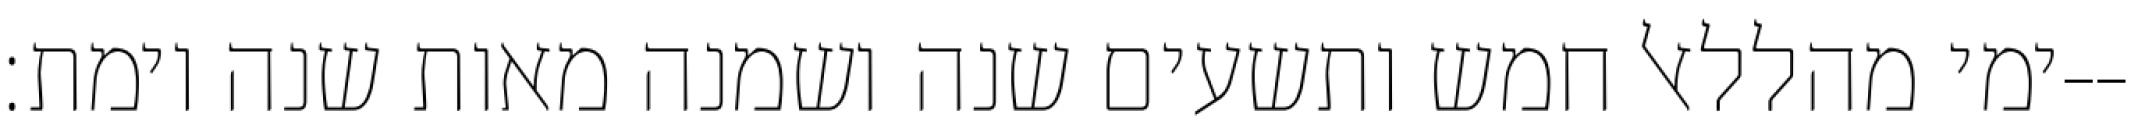
ימי מהללאל חמש ותשעים שנה ושמנה מאות שנה וימת׃--